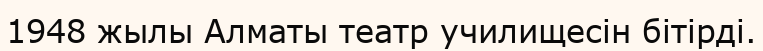
1948 жылы Алматы театр училищесін бітірді.